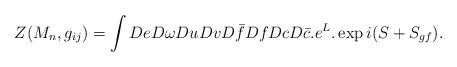
\begin{align*}Z(M_{n},g_{ij})=\int DeD\omega DuDvD\bar{f}DfDcD\bar{c}.e^{L}.\exp i(S+S_{gf}).\end{align*}